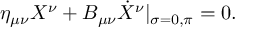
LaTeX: \eta _ { \mu \nu } X ^ { \nu } + B _ { \mu \nu } \dot { X } ^ { \nu } | _ { \sigma = 0 , \pi } = 0 .